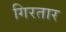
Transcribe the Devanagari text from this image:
गिरतार